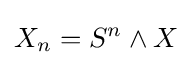
X_{n}=S^{n}\wedge X